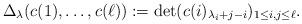
LaTeX: \begin{align*} \Delta_\lambda(c(1),\ldots,c(\ell)) := \det( c(i)_{\lambda_i+j-i} )_{1\leq i,j\leq \ell}.\end{align*}